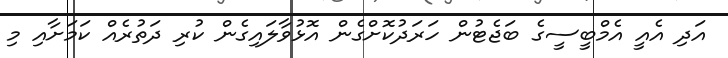
އަދި އެއީ އެމްބީސީގެ ބަޖެޓުން ހަރަދުކޮށްގެން އޮޅުވާލައިގެން ކުރި ދަތުރެއް ކަމަށާއި މި